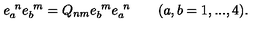
e _ { a } ^ { \ n } e _ { b } ^ { \ m } = Q _ { n m } e _ { b } ^ { \ m } e _ { a } ^ { \ n } \qquad ( a , b = 1 , . . . , 4 ) .